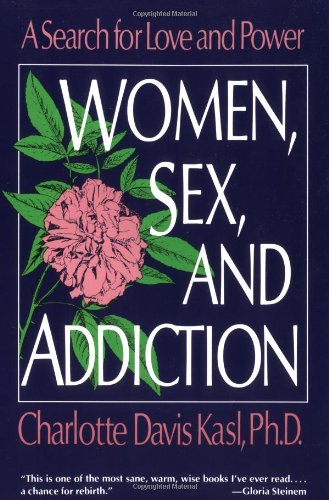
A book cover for Women, Sex, and Addiction: A Search for Love and Power; Charlotte S. Kasl; Health, Fitness & Dieting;